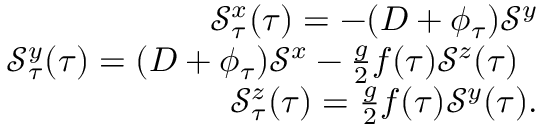
\begin{array} { r l r } & { } & { { \mathcal { S } } _ { \tau } ^ { x } ( \tau ) = - ( D + \phi _ { \tau } ) \mathcal { S } ^ { y } } \\ & { } & { { \mathcal { S } } _ { \tau } ^ { y } ( \tau ) = ( D + \phi _ { \tau } ) \mathcal { S } ^ { x } - \frac { g } { 2 } f ( \tau ) \mathcal { S } ^ { z } ( \tau ) \; \; } \\ & { } & { { \mathcal { S } } _ { \tau } ^ { z } ( \tau ) = \frac { g } { 2 } f ( \tau ) \mathcal { S } ^ { y } ( \tau ) . } \end{array}